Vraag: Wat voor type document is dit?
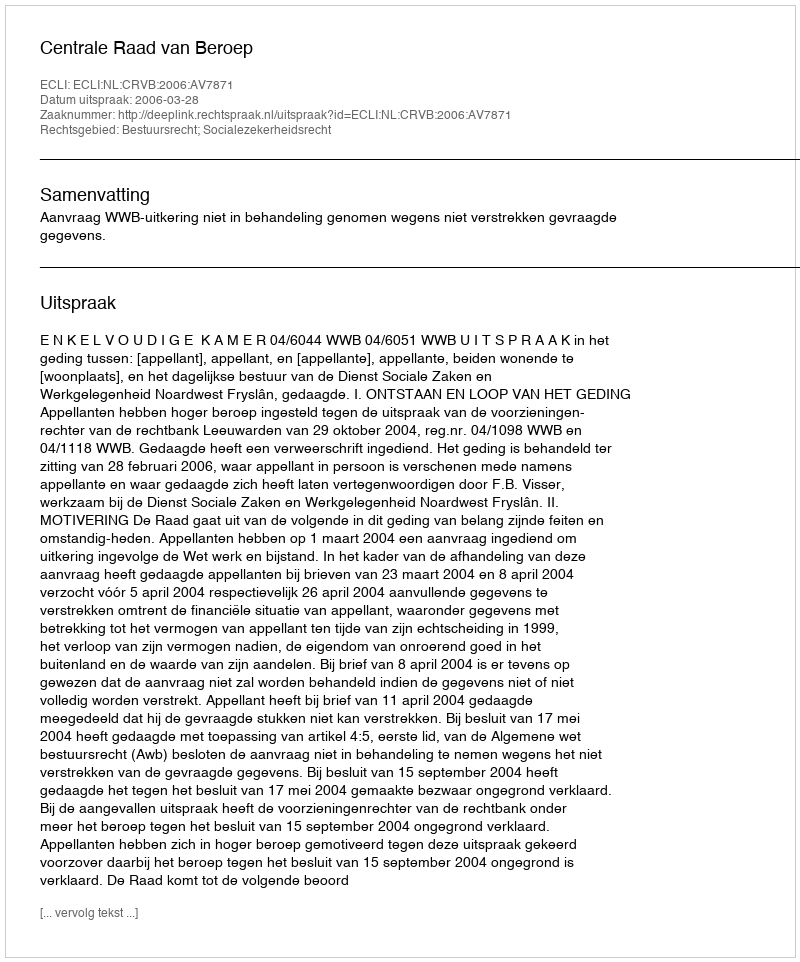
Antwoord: Uitspraak